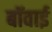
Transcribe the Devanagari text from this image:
बॉवाई